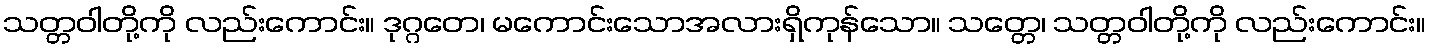
သတ္တဝါတို့ကို လည်းကောင်း။ ဒုဂ္ဂတေ၊ မကောင်းသောအလားရှိကုန်သော။ သတ္တေ၊ သတ္တဝါတို့ကို လည်းကောင်း။